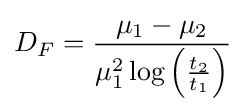
D_{F}={\frac {\mu _{1}-\mu _{2}}{\mu _{1}^{2}\log \left({\frac {t_{2}}{t_{1}}}\right)}}